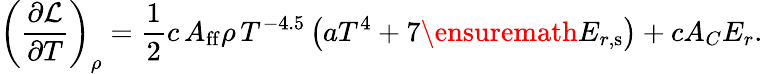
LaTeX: \left(\frac{\partial\mathcal{L}}{\partial T}\right)_{\rho}=\frac{1}{2}c\, A_{\mathrm{ff}}\rho\, T^{-4.5}\left(aT^{4}+7\ensuremath{E_{r,\mathrm{s}}}\right)+cA_{C}E_{r}.